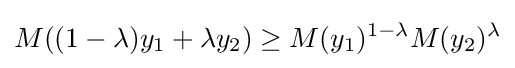
M((1-\lambda )y_{1}+\lambda y_{2})\geq M(y_{1})^{1-\lambda }M(y_{2})^{\lambda }